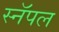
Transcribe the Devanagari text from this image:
स्नॅपल